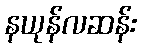
နယုန်လဆန်း